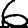
Digit: 6